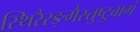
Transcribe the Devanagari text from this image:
स्थिरैरङ्गैस्तुष्टुवागं